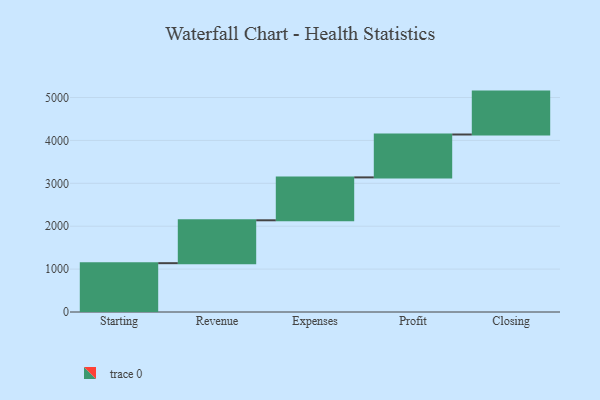
{"axis": {"x": "Step", "y": "Value"}, "legend": [""], "data": [{"x": "Starting", "y": 1138.0, "type": ""}, {"x": "Revenue", "y": 1000, "type": ""}, {"x": "Expenses", "y": 1000, "type": ""}, {"x": "Profit", "y": 1000, "type": ""}, {"x": "Closing", "y": 1000, "type": ""}]}